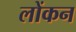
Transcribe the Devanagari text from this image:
लोंकन